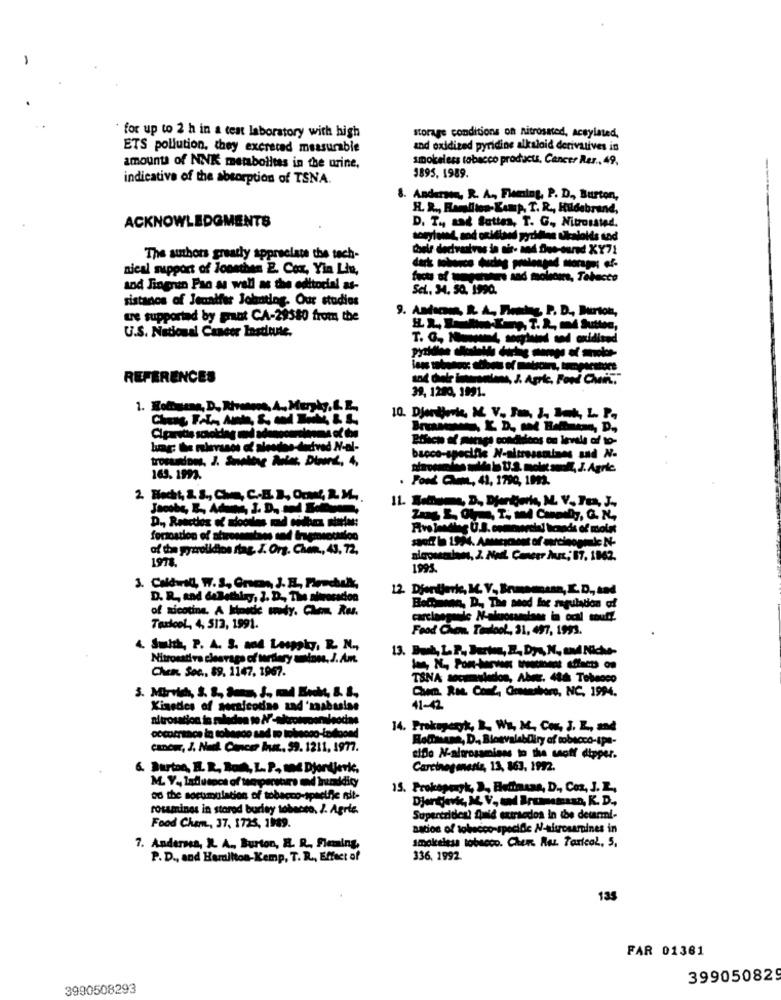
for up to 2 h in a test laboratory with high
storage conditions on nitrosated, aceylated,
ETS pollution, they excreted measurable
and oxidized pyridine alkaloid derivatives in
smokeless tobacco products, Cancer Rer ., 49,
amounts of NNK membolitas in the urine,
indicative of the absorption of TSNA.
3895, 1989.
8. Anderson, R. A ., Floning, P. D ., Burton,
H. R ., Romditos-Kamp, T. R ., Hildebrand,
ACKNOWLEDGMENTS
D. T ., and Sattes, T. G ., Nitrossted.
Conle dedvalve
The authors greatly appreciate the tech-
nical support of loonthen 2. Cox, Yin Lin,
----- - f
facts of mepeters aad mole
and Singren Fao as well as the editorial as-
Sci .. 34. 50. 1990.
sistanos of Jennifer Johatlag. Our studies
9. Astuces, R A, Flowing, P. D ., Burton,
we supported by pant CA-29580 from the
U.S. National Cancer Lastoute.
REFERENCES
39, 1280, 1991.
Effect of meses comdidloos on levels of to-
bacco-specific N-sitrossnines and No
165. 1992.
. Fond CL, 41, 1790, 1993.
2. Bocht, &. S ., Che, C.E. I, OrMM, R. M ..
of the pyarolidins dag. I. Org. Chen ., 43, 72,
1978.
nicosemsions, J. AL. Canerr Aut, 87, 1862.
1995.
3. Caldwill, W7. 3. Ones, J. E, Pipechuk,
12 Djontjerk, I. V ., Enmeansan, I. D ., and
D. R ., and doBethlay, J. D ., The ahirecacion
of nicotine. A Hitmode midy. Cham Res.
Bochmann, D ., The need for regulation of
carcinogenic N-aleoumlans in ocal souff.
Toxicol, 4, 512, 1991.
Food Chon. Taatool ., 31, 497, 1993.
4. Smith, P. A. 3. aod Laspoly, R. N .,
13. But, LP ,, Jurten, B, DyA, N ., and Niche-
Nitrosativa clearags of wardery ations. J. A.m.
Chen. Sec .. $9, 1147, 1967.
TSNA sacumulados, Aber. 486 Tobacco
Cant. RM. Com/, Greensboro, NC. 1994.
Xinedes of seraicodine and 'mabssise
41-2
altrosation is malades to AF-akrotoonleodas
cocorrance io tobanco sad ro tolscoo-iosloond
14. Prokupert, R. We, M, Con, J. L, and
Rodtmens, D ., BlowvalabDiry of tobacco-spa-
cancer, J. Nus. Cancer Aust. 99. 1211, 1977.
cidio N-altrosamisas to the soff dipper.
6. Burton, B. R, But, L. P. moc Djordjevic.
Carcinogenesis, 13, 863. 1992.
M. V ., ladlutpcs of the persons and humidity
15. Prokopenyk, 3, Betimasa, D ., Coz, J. Z,
od the socumulation of tobacco-specific nit-
rosamines in stored buriny tobecso. J. Agric.
Superizideal Amid extracdos in the deurmi-
Food Chem, 37, 1725, 1989.
aation of tobacco-specific N-sisrosaruines in
Smokeless tobacco. Chen Res. Tarical, 5,
7. Anders, R. A ., Burton, E. R ., Fleming,
P. D ., and Hamilton-Kemp, T. R ., Effect of
336, 1992.
135
FAR 01361
399050829
3990508293